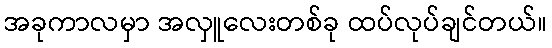
အခုကာလမှာ အလှူလေးတစ်ခု ထပ်လုပ်ချင်တယ်။